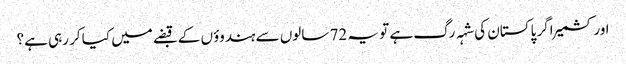
اور کشمیر اگر پاکستان کی شہہ رگ ہے تو یہ 72 سالوں سے ہندوؤں کے قبضے میں کیا کر رہی ہے؟